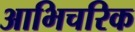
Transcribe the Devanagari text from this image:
आभिचरिक